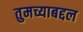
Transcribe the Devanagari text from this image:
तुमच्याबद्दल